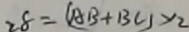
2 8 = ( A B + B C ) \times 2